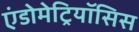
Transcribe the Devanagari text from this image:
एंडोमेट्रियॉसिस